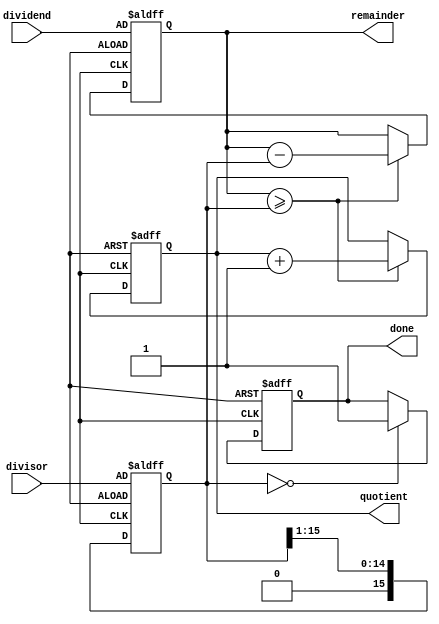
module radix2_srt_divider (
    input wire [15:0] dividend,
    input wire [15:0] divisor,
    output reg [15:0] quotient,
    output reg [15:0] remainder,
    output reg done
);

reg [15:0] remainder_reg;
reg [15:0] quotient_reg;
reg [15:0] shift_reg;

always @(posedge clk or negedge rst_n) begin
    if (~rst_n) begin
        remainder_reg <= dividend;
        quotient_reg <= 16'h0;
        shift_reg <= divisor;
        done <= 1'b0;
    end else begin
        if (remainder_reg >= shift_reg) begin
            remainder_reg <= remainder_reg - shift_reg;
            quotient_reg <= quotient_reg + {1'b0, 1'b1};
        end
        shift_reg <= shift_reg >> 1;
        if (shift_reg == 0) begin
            done <= 1'b1;
        end
    end
end

assign quotient = quotient_reg;
assign remainder = remainder_reg;

endmodule